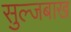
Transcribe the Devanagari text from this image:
सुल्जबाख